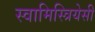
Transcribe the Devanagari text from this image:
स्वामिस्त्रियेसी